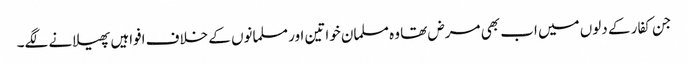
جن کفار کے دلوں میں اب بھی مرض تھا وہ مسلمان خواتین اور مسلمانوں کے خلاف افواہیں پھیلانے لگے۔